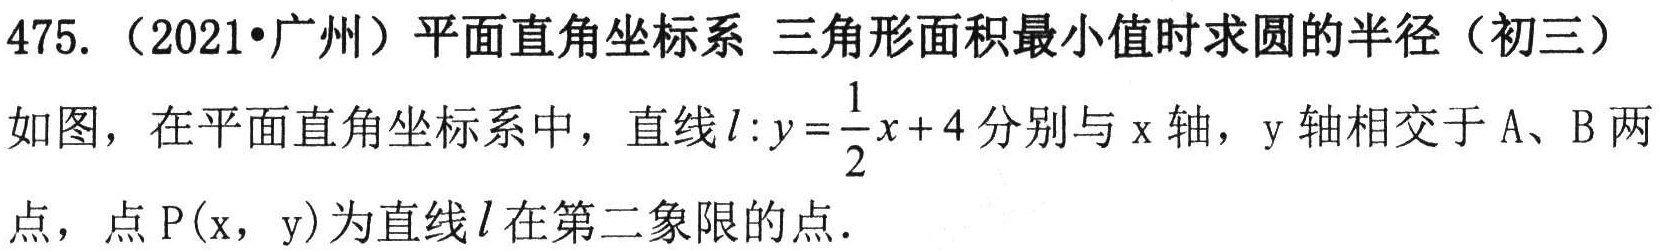
475.（2021•广州）平面直角坐标系 三角形面积最小值时求圆的半径（初三）
如图，在平面直角坐标系中，直线\(l:y = \frac{1}{2}x + 4\)分别与\(x\)轴，\(y\)轴相交于A、B两点，点\(P(x,y)\)为直线\(l\)在第二象限的点.